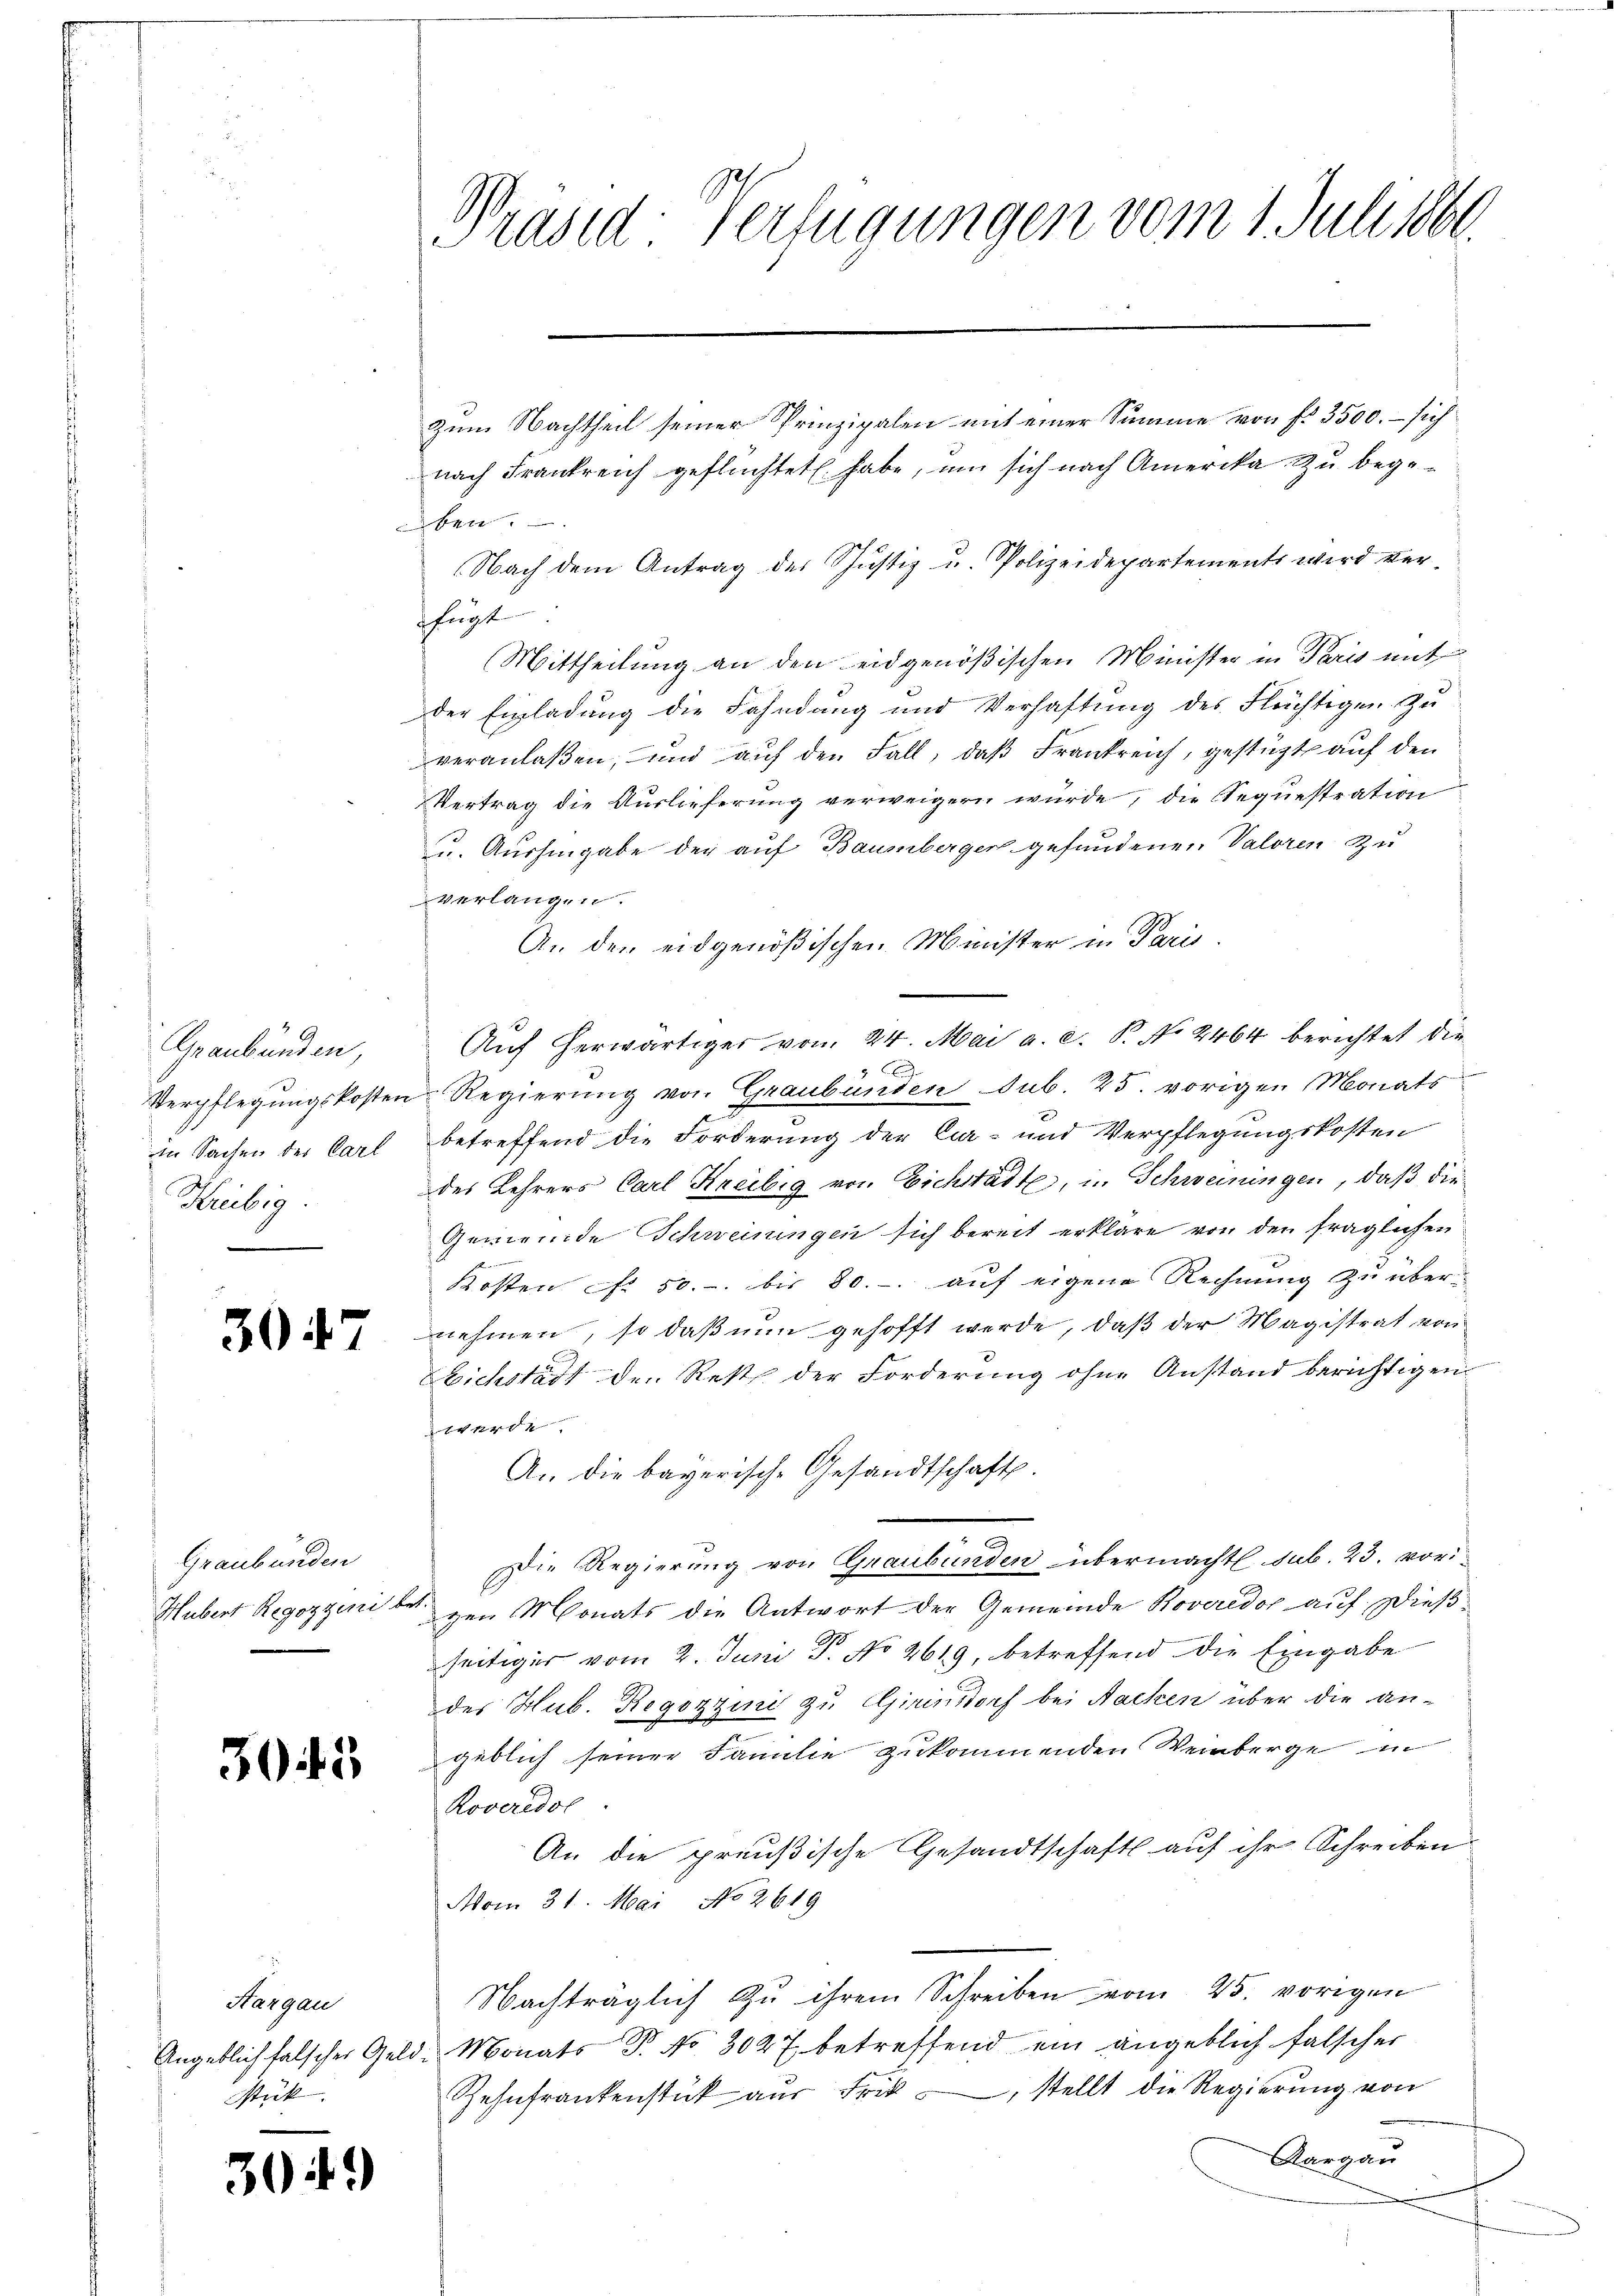
Graubünden,
in Sachen der Carl
Kribig.

30

304. 2

30

7

Graubünden
Hubert Regozzeni bet.

zum Nachtheil seiner Prinzipalen mit einer Summe von fl 3500. - sich
nach Frankreich geflüchtet habe, um sich nach Amerika zu begeaben.
Nach dem Antrag des Justiz u. Polizeidepartements wird verfügt
Mittheilung an den eidgenößischen Minister in Paris mit
der Einladung die Fahndung und Verhaftung des Flüchtigen Zu
veranlaßen, und auf den Fall, daß Frankreich, gestügt auf den
Vertrag die Auslieferung verweigern wurde, die Sequestration
u. Aushingabe der auf Baumberger gefundenen Valoren zu
verlangen.
An den eidgenößischen Minister in Paris
Auf herwärtiger vom 24. Mai a. c. P. No 2464 berichtet die
Verpflegungskosten Regierung von Graubünden sub. 25. vorigen Monats
betreffend die Forderung der Car- und Verpflegungskosten
des Lehrers Carl Kreilig von Eichstädte, in Schweiningen, daß die
Gemeinde Schreiningen sich bereit erkläre von den fraglichen
Kosten f. 50. bis 80. - auf eigene Rechnung zu über-
nehmen, so daß nun gehofft werde, daß der Magistrat von
Eichstadt den Rest der Forderung ohne Anstand berichtigen
werde.
An die bayerische Gesandtschaft.
e
Die Regierung von Graubünden übermacht sub. 23. vori
zen Monats die Antwort der Gemeinde Roveredor auf Dießseitiger vom 2. Juni T. No 2619, betreffend die Eingabe
des Hub. Regozzini zu Girensdorf bei Nacken über die angeblich seiner Familie zukommenden Weinberge in
Roveredol
An die preußische Gesandtschaft auf ihr Schreiben
Avom 31. Mai No 2619.
Nachträglich zu ihrem Schreiben vom 25. vorigen
Angeblich falscher Geld-Monats P. No. 3027 betreffend ein angeblich falscher
Zehnfrankenstück aus Frik –, stellt die Regierung von
Aargau

Kargau
Stück.

)

Präsid: Verfügungen vom 1. Juli 1861.